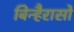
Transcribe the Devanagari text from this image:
बिन्हैरासो